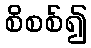
စိစစ်၍